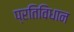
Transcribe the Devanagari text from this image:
प्रतिविधान